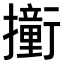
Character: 𫝿